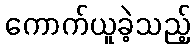
ကောက်ယူခဲ့သည့်